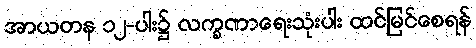
အာယတန ၁၂-ပါး၌ လက္ခဏာရေးသုံးပါး ထင်မြင်စေရန်